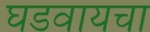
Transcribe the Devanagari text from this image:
घडवायचा